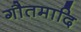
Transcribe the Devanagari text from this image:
गौतमादि